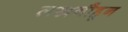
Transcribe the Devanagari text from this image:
लखनौहून